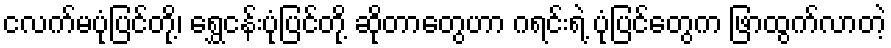
ငလက်မပုံပြင်တို့၊ ရွှေငန်းပုံပြင်တို့ ဆိုတာတွေဟာ ဂရင်းရဲ့ ပုံပြင်တွေက ဖြာထွက်လာတဲ့